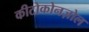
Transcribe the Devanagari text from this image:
कीटोकोनज़ोल